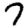
Digit: 7